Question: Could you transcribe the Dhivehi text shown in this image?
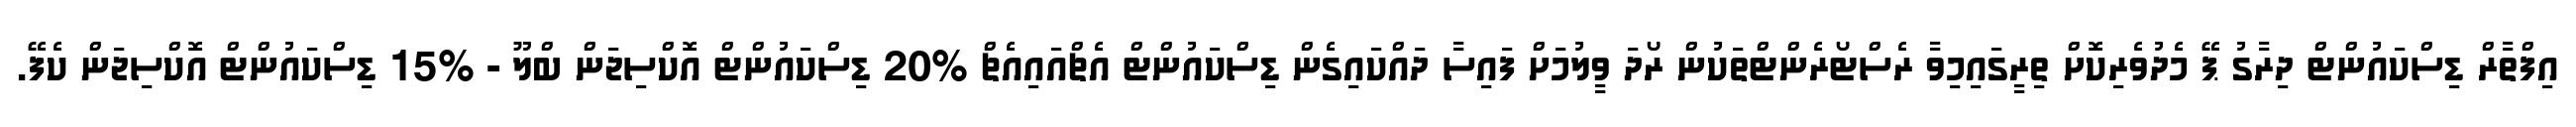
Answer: އިފްތާރް ޑިސްކައުންޓް ދިރާގު ޕޭ މެދުވެރިކޮށް ތިރީގައިމިވާ ރެސްޓޯރެންޓްތަކުން ރޯދަ ވީލުމަށް ފައިސާ ދައްކައިގެން ޑިސްކައުންޓް އެޗްއައިއެޗް %20 ޑިސްކައުންޓް އޮކްސިޖަން ބްލޫ - %15 ޑިސްކައުންޓް އޮކްސިޖަން ކެފޭ.